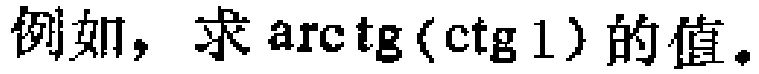
例如，求\(\arctan(\cot 1)\)的值。